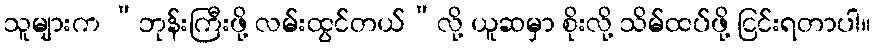
သူများက “ဘုန်းကြီးဖို့ လမ်းထွင်တယ်”လို့ ယူဆမှာ စိုးလို့ သိမ်ထပ်ဖို့ ငြင်းရတာပါ။